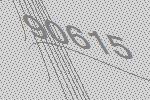
90615